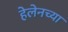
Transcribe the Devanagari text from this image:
हेलेनच्या